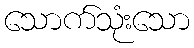
သောက်သုံးသော